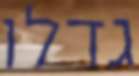
גדלו